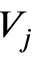
V _ { j }